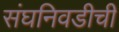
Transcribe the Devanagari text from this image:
संघनिवडीची